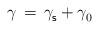
LaTeX: \begin{align*} \gamma \, = \, \gamma^{}_{\mathsf{s}} + \gamma^{}_{0}\end{align*}